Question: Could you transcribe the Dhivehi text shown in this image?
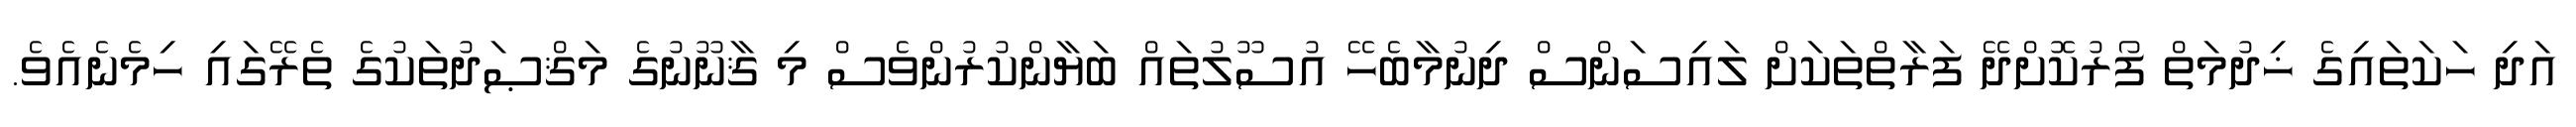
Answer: އަދި ހަކަތައިގެ ޚިދުމަތް ފޯރުކޮށްދޭ ފަރާތްތަކަށް ލައިސަންސް ދިނުމާބެހޭ އުސޫލުތައް ބަޔާންކުރުންވެސް މި ޤާނޫނުގެ މަޤްޞަދުތަކުގެ ތެރޭގައި ހިމެނެއެވެ.